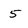
Character: 5